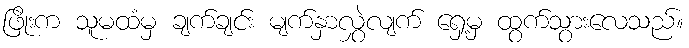
ဖြိုးက သူမထံမှ ချက်ချင်း မျက်နှာလွှဲလျက် ရှေ့မှ ထွက်သွားလေသည်။